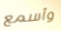
وأسمع